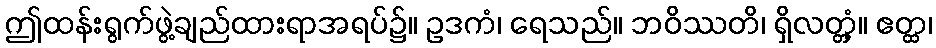
ဤထန်းရွက်ဖွဲ့ချည်ထားရာအရပ်၌။ ဥဒကံ၊ ရေသည်။ ဘဝိဿတိ၊ ရှိလတ္တံ့။ ဧတ္ထ၊